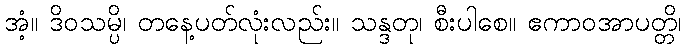
အံ့။ ဒိဝသမ္ပိ၊ တနေ့ပတ်လုံးလည်း။ သန္ဒတု၊ စီးပါစေ။ ဧကာဝအာပတ္တိ၊